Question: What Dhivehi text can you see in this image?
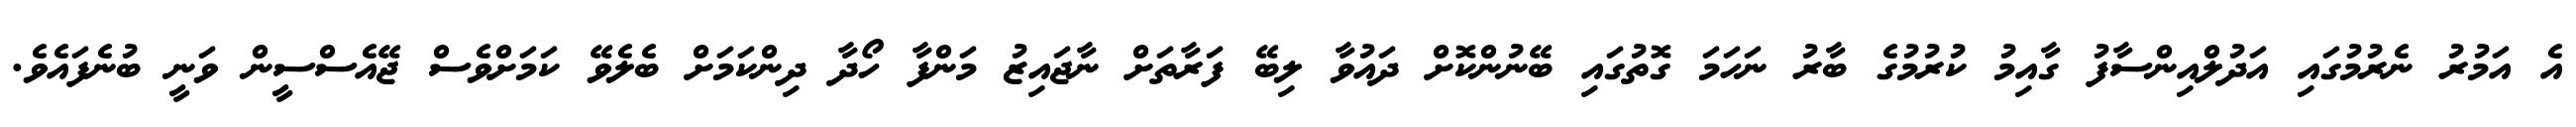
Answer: އެ އަމުރު ނެރުމުގައި އަދުލްއިންސާފު ގާއިމު ކުރުމުގެ ބާރު ނަހަމަ ގޮތުގައި ބޭނުންކޮށް ދައުވާ ލިބޭ ފަރާތަށް ނާޖައިޒު މަންފާ ހޯދާ ދިންކަމަށް ބެލެވޭ ކަމަށްވެސް ޖޭއެސްސީން ވަނީ ބުނެފައެވެ.